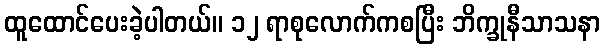
ထူထောင်ပေးခဲ့ပါတယ်။ ၁၂ ရာစုလောက်ကစပြီး ဘိက္ခုနီသာသနာ